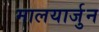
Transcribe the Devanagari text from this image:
मालयार्जुन